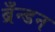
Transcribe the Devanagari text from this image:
ब्रँन्डन